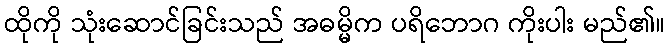
ထိုကို သုံးဆောင်ခြင်းသည် အဓမ္မိက ပရိဘောဂ ကိုးပါး မည်၏။